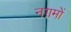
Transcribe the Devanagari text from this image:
नग़मों